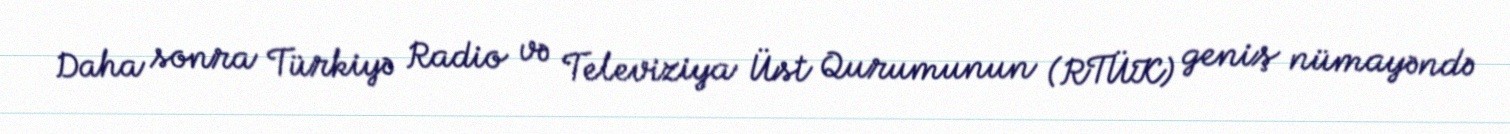
Daha sonra Türkiyə Radio və Televiziya Üst Qurumunun (RTÜK) geniş nümayəndə